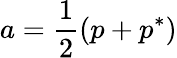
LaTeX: a=\frac{1}{2}(p+p^{*})